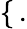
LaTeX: \left\{ \begin{array}{ll}\end{array}\right.\, .